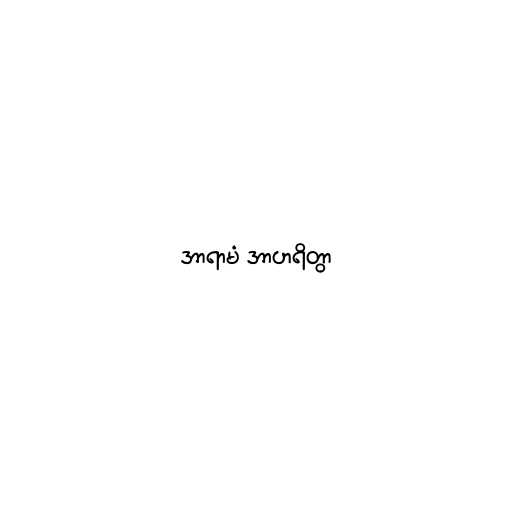
အာရာမံ အာဟရိတွာ